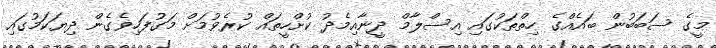
މީގެ ސަބަބުން ބައެއްގެ ހިތްތަކުގައި އިސްލާމް ދީނާއިމެދު ކުށްހީތައް ކުރެވުމަށް މަގުފަހިވެގެން ދިޔަކަމުގައި